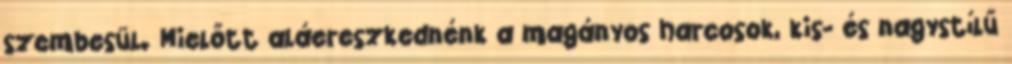
szembesül. Mielőtt aláereszkednénk a magányos harcosok, kis- és nagystílű